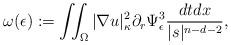
LaTeX: \begin{align*} \omega(\epsilon):=\iint_\Omega |\nabla u|^2_\kappa\partial_r\Psi^{3}_\epsilon \frac{dtdx}{|s|^{n-d-2}},\end{align*}